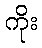
ကိုး